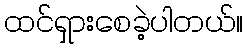
ထင်ရှားစေခဲ့ပါတယ်။